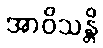
အာဝိသန္တိ